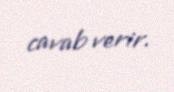
cavab verir.